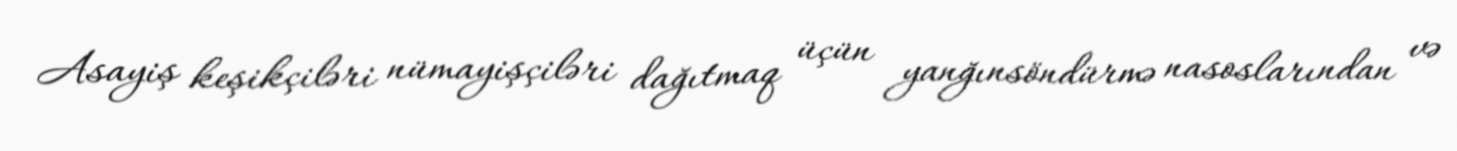
Asayiş keşikçiləri nümayişçiləri dağıtmaq üçün yanğınsöndürmə nasoslarından və